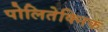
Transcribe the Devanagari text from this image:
पोलितेक्निक